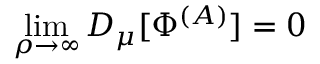
\operatorname * { l i m } _ { \rho \to \infty } D _ { \mu } [ \Phi ^ { ( A ) } ] = 0